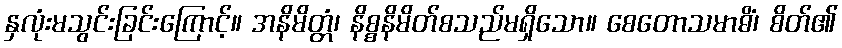
နှလုံးမသွင်းခြင်းကြောင့်။ အနိမိတ္တံ၊ နိစ္စနိမိတ်စသည်မရှိသော။ စေတောသမာဓိံ၊ စိတ်၏